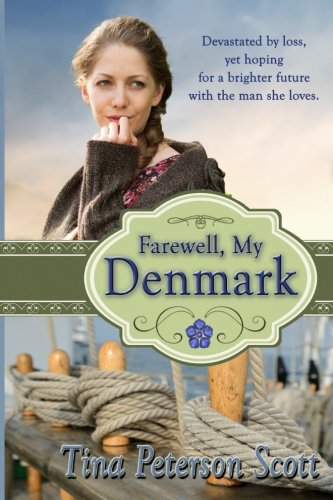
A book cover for Farewell, My Denmark; Tina Peterson Scott; Romance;